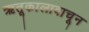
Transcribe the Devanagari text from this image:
ऋतूकालावाचून